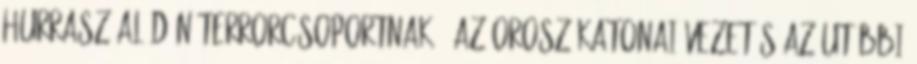
Hurrasz al-Dín terrorcsoportnak”. Az orosz katonai vezetés az utóbbi